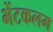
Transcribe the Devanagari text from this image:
भेंटकलम